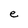
Character: e